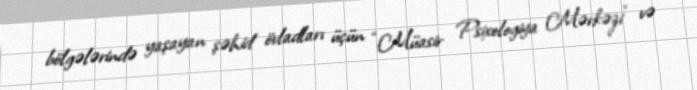
bölgələrində yaşayan şəhid övladları üçün “Müasir Psixologiya Mərkəzi” və